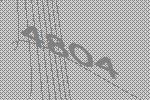
4804